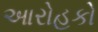
આરોહકો